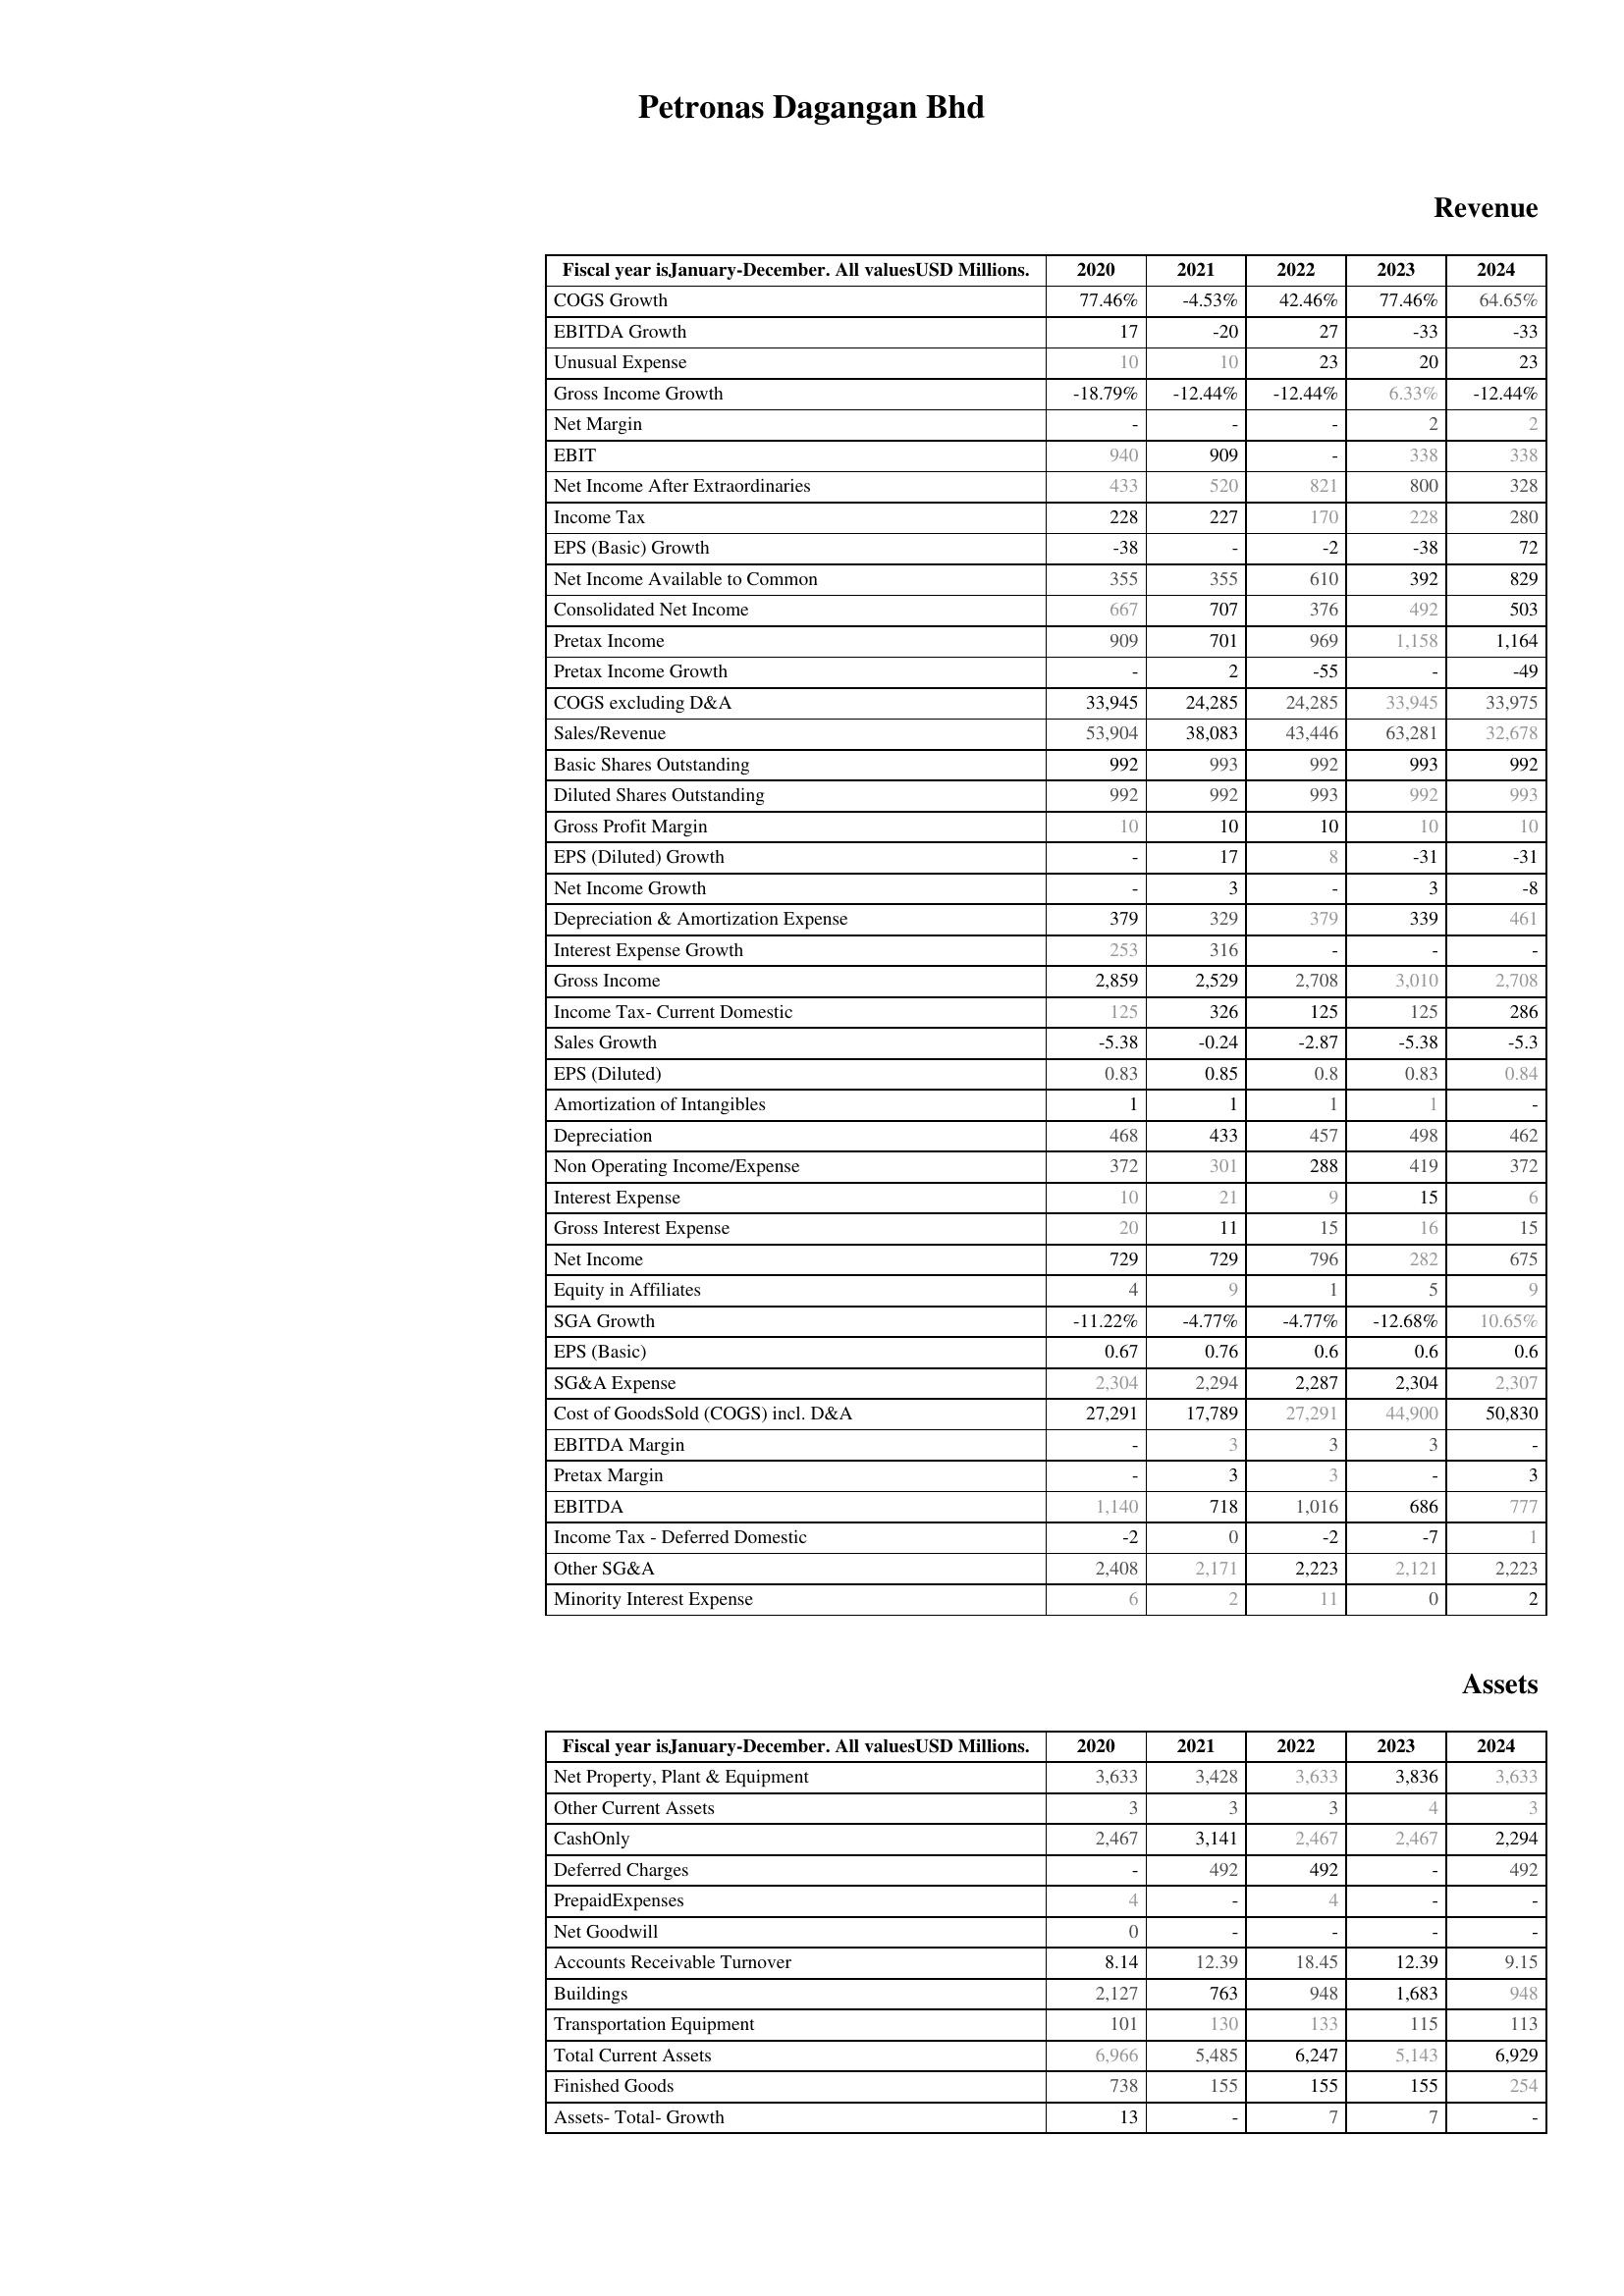
2020: Revenue: COGS Growth: 77.46%
EBITDA Growth: 17
Unusual Expense: 10
Gross Income Growth: -18.79%
Net Margin: -
EBIT: 940
Net Income After Extraordinaries: 433
Income Tax: 228
EPS (Basic) Growth: -38
Net Income Available to Common: 355
Consolidated Net Income: 667
Pretax Income: 909
Pretax Income Growth: -
COGS excluding D&A: 33,945
Sales/Revenue: 53,904
Basic Shares Outstanding: 992
Diluted Shares Outstanding: 992
Gross Profit Margin: 10
EPS (Diluted) Growth: -
Net Income Growth: -
Depreciation & Amortization Expense: 379
Interest Expense Growth: 253
Gross Income: 2,859
Income Tax- Current Domestic: 125
Sales Growth: -5.38
EPS (Diluted): 0.83
Amortization of Intangibles: 1
Depreciation: 468
Non Operating Income/Expense: 372
Interest Expense: 10
Gross Interest Expense: 20
Net Income: 729
Equity in Affiliates: 4
SGA Growth: -11.22%
EPS (Basic): 0.67
SG&A Expense: 2,304
Cost of GoodsSold (COGS) incl. D&A: 27,291
EBITDA Margin: -
Pretax Margin: -
EBITDA: 1,140
Income Tax - Deferred Domestic: -2
Other SG&A: 2,408
Minority Interest Expense: 6
Assets: Net Property, Plant & Equipment: 3,633
Other Current Assets: 3
CashOnly: 2,467
Deferred Charges: -
PrepaidExpenses: 4
Net Goodwill: 0
Accounts Receivable Turnover: 8.14
Buildings: 2,127
Transportation Equipment: 101
Total Current Assets: 6,966
Finished Goods: 738
Assets- Total- Growth: 13
2021: Revenue: COGS Growth: -4.53%
EBITDA Growth: -20
Unusual Expense: 10
Gross Income Growth: -12.44%
Net Margin: -
EBIT: 909
Net Income After Extraordinaries: 520
Income Tax: 227
EPS (Basic) Growth: -
Net Income Available to Common: 355
Consolidated Net Income: 707
Pretax Income: 701
Pretax Income Growth: 2
COGS excluding D&A: 24,285
Sales/Revenue: 38,083
Basic Shares Outstanding: 993
Diluted Shares Outstanding: 992
Gross Profit Margin: 10
EPS (Diluted) Growth: 17
Net Income Growth: 3
Depreciation & Amortization Expense: 329
Interest Expense Growth: 316
Gross Income: 2,529
Income Tax- Current Domestic: 326
Sales Growth: -0.24
EPS (Diluted): 0.85
Amortization of Intangibles: 1
Depreciation: 433
Non Operating Income/Expense: 301
Interest Expense: 21
Gross Interest Expense: 11
Net Income: 729
Equity in Affiliates: 9
SGA Growth: -4.77%
EPS (Basic): 0.76
SG&A Expense: 2,294
Cost of GoodsSold (COGS) incl. D&A: 17,789
EBITDA Margin: 3
Pretax Margin: 3
EBITDA: 718
Income Tax - Deferred Domestic: 0
Other SG&A: 2,171
Minority Interest Expense: 2
Assets: Net Property, Plant & Equipment: 3,428
Other Current Assets: 3
CashOnly: 3,141
Deferred Charges: 492
PrepaidExpenses: -
Net Goodwill: -
Accounts Receivable Turnover: 12.39
Buildings: 763
Transportation Equipment: 130
Total Current Assets: 5,485
Finished Goods: 155
Assets- Total- Growth: -
2022: Revenue: COGS Growth: 42.46%
EBITDA Growth: 27
Unusual Expense: 23
Gross Income Growth: -12.44%
Net Margin: -
EBIT: -
Net Income After Extraordinaries: 821
Income Tax: 170
EPS (Basic) Growth: -2
Net Income Available to Common: 610
Consolidated Net Income: 376
Pretax Income: 969
Pretax Income Growth: -55
COGS excluding D&A: 24,285
Sales/Revenue: 43,446
Basic Shares Outstanding: 992
Diluted Shares Outstanding: 993
Gross Profit Margin: 10
EPS (Diluted) Growth: 8
Net Income Growth: -
Depreciation & Amortization Expense: 379
Interest Expense Growth: -
Gross Income: 2,708
Income Tax- Current Domestic: 125
Sales Growth: -2.87
EPS (Diluted): 0.8
Amortization of Intangibles: 1
Depreciation: 457
Non Operating Income/Expense: 288
Interest Expense: 9
Gross Interest Expense: 15
Net Income: 796
Equity in Affiliates: 1
SGA Growth: -4.77%
EPS (Basic): 0.6
SG&A Expense: 2,287
Cost of GoodsSold (COGS) incl. D&A: 27,291
EBITDA Margin: 3
Pretax Margin: 3
EBITDA: 1,016
Income Tax - Deferred Domestic: -2
Other SG&A: 2,223
Minority Interest Expense: 11
Assets: Net Property, Plant & Equipment: 3,633
Other Current Assets: 3
CashOnly: 2,467
Deferred Charges: 492
PrepaidExpenses: 4
Net Goodwill: -
Accounts Receivable Turnover: 18.45
Buildings: 948
Transportation Equipment: 133
Total Current Assets: 6,247
Finished Goods: 155
Assets- Total- Growth: 7
2023: Revenue: COGS Growth: 77.46%
EBITDA Growth: -33
Unusual Expense: 20
Gross Income Growth: 6.33%
Net Margin: 2
EBIT: 338
Net Income After Extraordinaries: 800
Income Tax: 228
EPS (Basic) Growth: -38
Net Income Available to Common: 392
Consolidated Net Income: 492
Pretax Income: 1,158
Pretax Income Growth: -
COGS excluding D&A: 33,945
Sales/Revenue: 63,281
Basic Shares Outstanding: 993
Diluted Shares Outstanding: 992
Gross Profit Margin: 10
EPS (Diluted) Growth: -31
Net Income Growth: 3
Depreciation & Amortization Expense: 339
Interest Expense Growth: -
Gross Income: 3,010
Income Tax- Current Domestic: 125
Sales Growth: -5.38
EPS (Diluted): 0.83
Amortization of Intangibles: 1
Depreciation: 498
Non Operating Income/Expense: 419
Interest Expense: 15
Gross Interest Expense: 16
Net Income: 282
Equity in Affiliates: 5
SGA Growth: -12.68%
EPS (Basic): 0.6
SG&A Expense: 2,304
Cost of GoodsSold (COGS) incl. D&A: 44,900
EBITDA Margin: 3
Pretax Margin: -
EBITDA: 686
Income Tax - Deferred Domestic: -7
Other SG&A: 2,121
Minority Interest Expense: 0
Assets: Net Property, Plant & Equipment: 3,836
Other Current Assets: 4
CashOnly: 2,467
Deferred Charges: -
PrepaidExpenses: -
Net Goodwill: -
Accounts Receivable Turnover: 12.39
Buildings: 1,683
Transportation Equipment: 115
Total Current Assets: 5,143
Finished Goods: 155
Assets- Total- Growth: 7
2024: Revenue: COGS Growth: 64.65%
EBITDA Growth: -33
Unusual Expense: 23
Gross Income Growth: -12.44%
Net Margin: 2
EBIT: 338
Net Income After Extraordinaries: 328
Income Tax: 280
EPS (Basic) Growth: 72
Net Income Available to Common: 829
Consolidated Net Income: 503
Pretax Income: 1,164
Pretax Income Growth: -49
COGS excluding D&A: 33,975
Sales/Revenue: 32,678
Basic Shares Outstanding: 992
Diluted Shares Outstanding: 993
Gross Profit Margin: 10
EPS (Diluted) Growth: -31
Net Income Growth: -8
Depreciation & Amortization Expense: 461
Interest Expense Growth: -
Gross Income: 2,708
Income Tax- Current Domestic: 286
Sales Growth: -5.3
EPS (Diluted): 0.84
Amortization of Intangibles: -
Depreciation: 462
Non Operating Income/Expense: 372
Interest Expense: 6
Gross Interest Expense: 15
Net Income: 675
Equity in Affiliates: 9
SGA Growth: 10.65%
EPS (Basic): 0.6
SG&A Expense: 2,307
Cost of GoodsSold (COGS) incl. D&A: 50,830
EBITDA Margin: -
Pretax Margin: 3
EBITDA: 777
Income Tax - Deferred Domestic: 1
Other SG&A: 2,223
Minority Interest Expense: 2
Assets: Net Property, Plant & Equipment: 3,633
Other Current Assets: 3
CashOnly: 2,294
Deferred Charges: 492
PrepaidExpenses: -
Net Goodwill: -
Accounts Receivable Turnover: 9.15
Buildings: 948
Transportation Equipment: 113
Total Current Assets: 6,929
Finished Goods: 254
Assets- Total- Growth: -